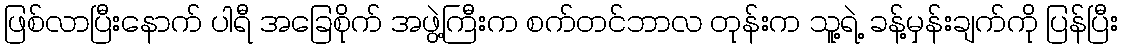
ဖြစ်လာပြီးနောက် ပါရီ အခြေစိုက် အဖွဲ့ကြီးက စက်တင်ဘာလ တုန်းက သူ့ရဲ့ ခန့်မှန်းချက်ကို ပြန်ပြီး